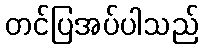
တင်ပြအပ်ပါသည်